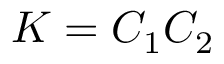
K = C _ { 1 } C _ { 2 }